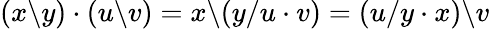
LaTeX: (x\backslash y)\cdot(u\backslash v)=x\backslash(y/u\cdot v)=(u/y\cdot x)\backslash v